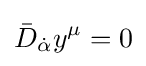
{\bar {D}}_{\dot {\alpha }}y^{\mu }=0